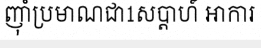
ញ៉ាំប្រមាណជា1សប្តាហ៍ អាការ